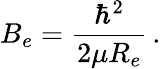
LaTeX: B_{e}=\frac{\hbar^{2}}{2\mu R_{e}}\, .